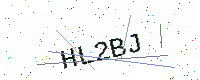
Text: HL2BJ